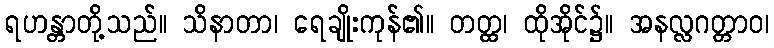
ရဟန္တာတို့သည်။ သိနာတာ၊ ရေချိုးကုန်၏။ တတ္ထ၊ ထိုအိုင်၌။ အနလ္လဂတ္တာဝ၊